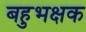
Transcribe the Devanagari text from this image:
बहुभक्षक